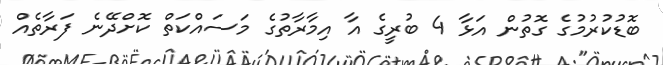
ބޮޑުކުރުމުގެ ގޮތުން އަޅާ 4 ބުރީގެ އާ އިމާރާތުގެ މަސައްކަތް ކޮށްދޭނެ ފަރާތެއް